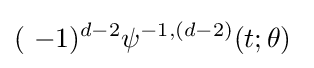
(\ -1)^{d-2}\psi ^{-1,(d-2)}(t;\theta )\